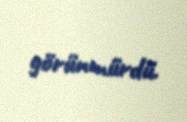
görünmürdü.